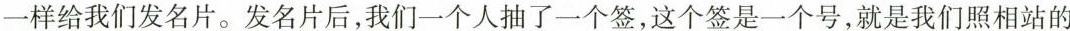
一样给我们发名片。发名片后，我们一个人抽了一个签，这个签是一个号，就是我们照相站的